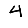
Digit: 4